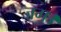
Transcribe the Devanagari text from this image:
जग।